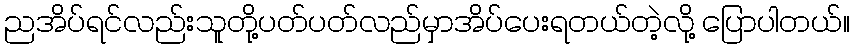
ညအိပ်ရင်လည်းသူတို့ပတ်ပတ်လည်မှာအိပ်ပေးရတယ်တဲ့လို့ ပြောပါတယ်။